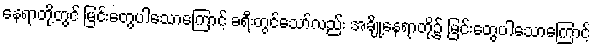
နေရာတို့တွင် မြင်းတွေပါသောကြောင့် ခရီးတွင်သော်လည်း အချို့နေရာတို့၌ မြင်းတွေပါသောကြောင့်